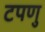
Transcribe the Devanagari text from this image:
टपणु